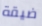
ضيقة